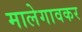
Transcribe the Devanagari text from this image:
मालेगावकर